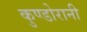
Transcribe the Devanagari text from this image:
कुण्‍डोरानी